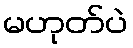
မဟုတ်ပဲ